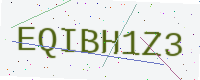
Text: EQIBH1Z3